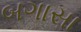
બગાસા